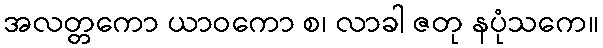
အလတ္တကော ယာဝကော စ၊ လာခါ ဇတု နပုံသကေ။